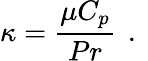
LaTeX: \kappa=\frac{\mu C_{p}}{Pr}\, \mathrm{~.~}